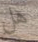
هل